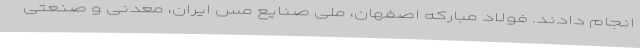
انجام دادند. فولاد مبارکه اصفهان، ملی صنایع مس ایران، معدنی و صنعتی